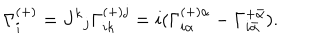
LaTeX: \Gamma _ { i } ^ { ( + ) } = J ^ { k } { } _ { j } \Gamma _ { i k } ^ { ( + ) j } = i ( \Gamma _ { i \alpha } ^ { ( + ) \alpha } - \Gamma _ { i \bar { \alpha } } ^ { + \bar { \alpha } } ) .